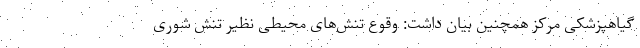
گیاهپزشکی مرکز همچنین بیان داشت: وقوع تنش‌های محیطی نظیر تنش شوری